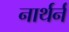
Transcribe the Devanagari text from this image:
नार्थर्न